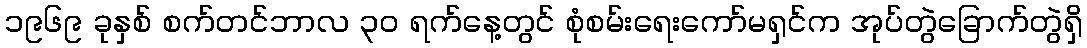
၁၉၆၉ ခုနှစ် စက်တင်ဘာလ ၃၀ ရက်နေ့တွင် စုံစမ်းရေးကော်မရှင်က အုပ်တွဲခြောက်တွဲရှိ